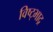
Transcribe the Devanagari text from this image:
विष्ट्भाद्र